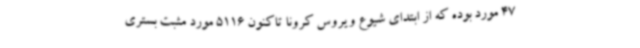
47 مورد بوده که از ابتدای شیوع ویروس کرونا تاکنون 5116 مورد مثبت بستری